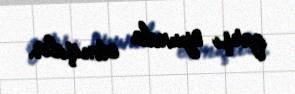
qarşı oyunda etmişdir.